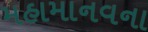
મહામાનવના